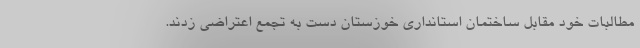
مطالبات خود مقابل ساختمان استانداری خوزستان دست به تجمع اعتراضی زدند.